Indian journal of veterinary science and animal husbandry - Volumes 22-23, 1952-1953
Year: 1952
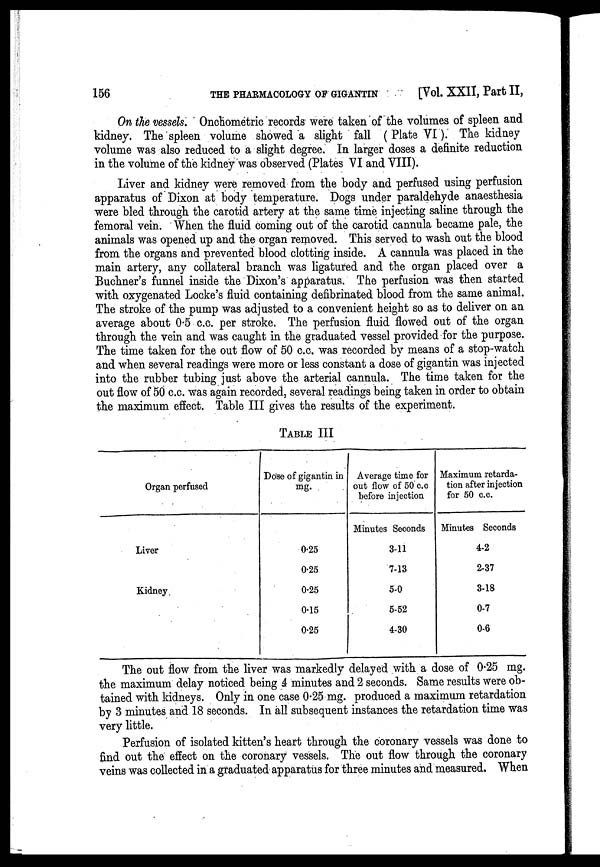
156
THE PHARMACOLOGY OF GIGANTIN
[Vol. XXII, Part II,
On the vessels. Onchometric records were taken of the volumes of spleen and
kidney. The spleen volume showed a slight fall (Plate VI). The kidney
volume was also reduced to a slight degree. In larger doses a definite reduction
in the volume of the kidney was observed (Plates VI and VIII).
Liver and kidney were removed from the body and perfused using perfusion
apparatus of Dixon at body temperature. Dogs under paraldehyde anaesthesia
were bled through the carotid artery at the same time injecting saline through the
femoral vein. When the fluid coming out of the carotid cannula became pale, the
animals was opened up and the organ removed. This served to wash out the blood
from the organs and prevented blood clotting inside. A cannula was placed in the
main artery, any collateral branch was ligatured and the organ placed over a
Buchner's funnel inside the Dixon's apparatus. The perfusion was then started
with oxygenated Locke's fluid containing defibrinated blood from the same animal.
The stroke of the pump was adjusted to a convenient height so as to deliver on an
average about 0.5 c.c. per stroke. The perfusion fluid flowed out of the organ
through the vein and was caught in the graduated vessel provided for the purpose.
The time taken for the out flow of 50 c.c. was recorded by means of a stop-watch
and when several readings were more or less constant a dose of gigantin was injected
into the rubber tubing just above the arterial cannula. The time taken for the
out flow of 50 c.c. was again recorded, several readings being taken in order to obtain
the maximum effect. Table III gives the results of the experiment.
TABLE III
Organ perfused
Liver
Kidney
Dose of gigantin in
mg.
0.25
0.25
0.25
0.15
0.25
Average time for
out flow of 50 c.c
before injection
Minutes Seconds
3-11
7-13
5-0
5-52
4-30
Maximum retarda-
tion after injection
for 50 c.c.
Minutes Seconds
4-2
2-37
3-18
0-7
0-6
The out flow from the liver was markedly delayed with a dose of 0.25 mg.
the maximum delay noticed being 4 minutes and 2 seconds. Same results were ob-
tained with kidneys. Only in one case 0.25 mg. produced a maximum retardation
by 3 minutes and 18 seconds. In all subsequent instances the retardation time was
very little.
Perfusion of isolated kitten's heart through the coronary vessels was done to
find out the effect on the coronary vessels. The out flow through the coronary
veins was collected in a graduated apparatus for three minutes and measured. When